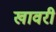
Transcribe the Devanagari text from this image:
खावरी